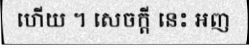
ហើយ ។ សេចក្តី នេះ អញ